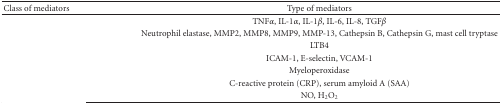
<table><thead><tr><td><b>Class of mediators</b></td><td><b>Type of mediators</b></td></tr></thead><tbody><tr><td>[EMPTY_CELL]</td><td>TNF<i>α</i>, IL-1<i>α</i>, IL-1<i>β</i>, IL-6, IL-8, TGF<i>β</i></td></tr><tr><td>[EMPTY_CELL]</td><td>Neutrophil elastase, MMP2, MMP8, MMP9, MMP-13, Cathepsin B, Cathepsin G, mast cell tryptase </td></tr><tr><td>[EMPTY_CELL]</td><td>LTB4 </td></tr><tr><td>[EMPTY_CELL]</td><td>ICAM-1, E-selectin, VCAM-1</td></tr><tr><td>[EMPTY_CELL]</td><td>Myeloperoxidase </td></tr><tr><td>[EMPTY_CELL]</td><td>C-reactive protein (CRP), serum amyloid A (SAA) </td></tr><tr><td>[EMPTY_CELL]</td><td>NO, H<sub>2</sub>O<sub>2</sub></td></tr></tbody></table>